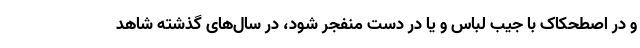
و در اصطحکاک با جیب لباس و یا در دست منفجر شود، در سال‌های گذشته شاهد